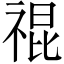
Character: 𥚛